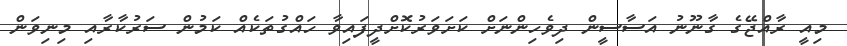
މިއީ ރާއްޖޭގެ ގާނޫނު އަސާސީން ދިވެހިންނަށް ކަށަވަރުކޮށްދީފައިވާ ހައްގުތަކެއް ކަމުން ސަރުކާރާއި މިނިވަން